65_HS1-834228961_62-HQ-83894_Section_8
Agency: FBI
Page 109
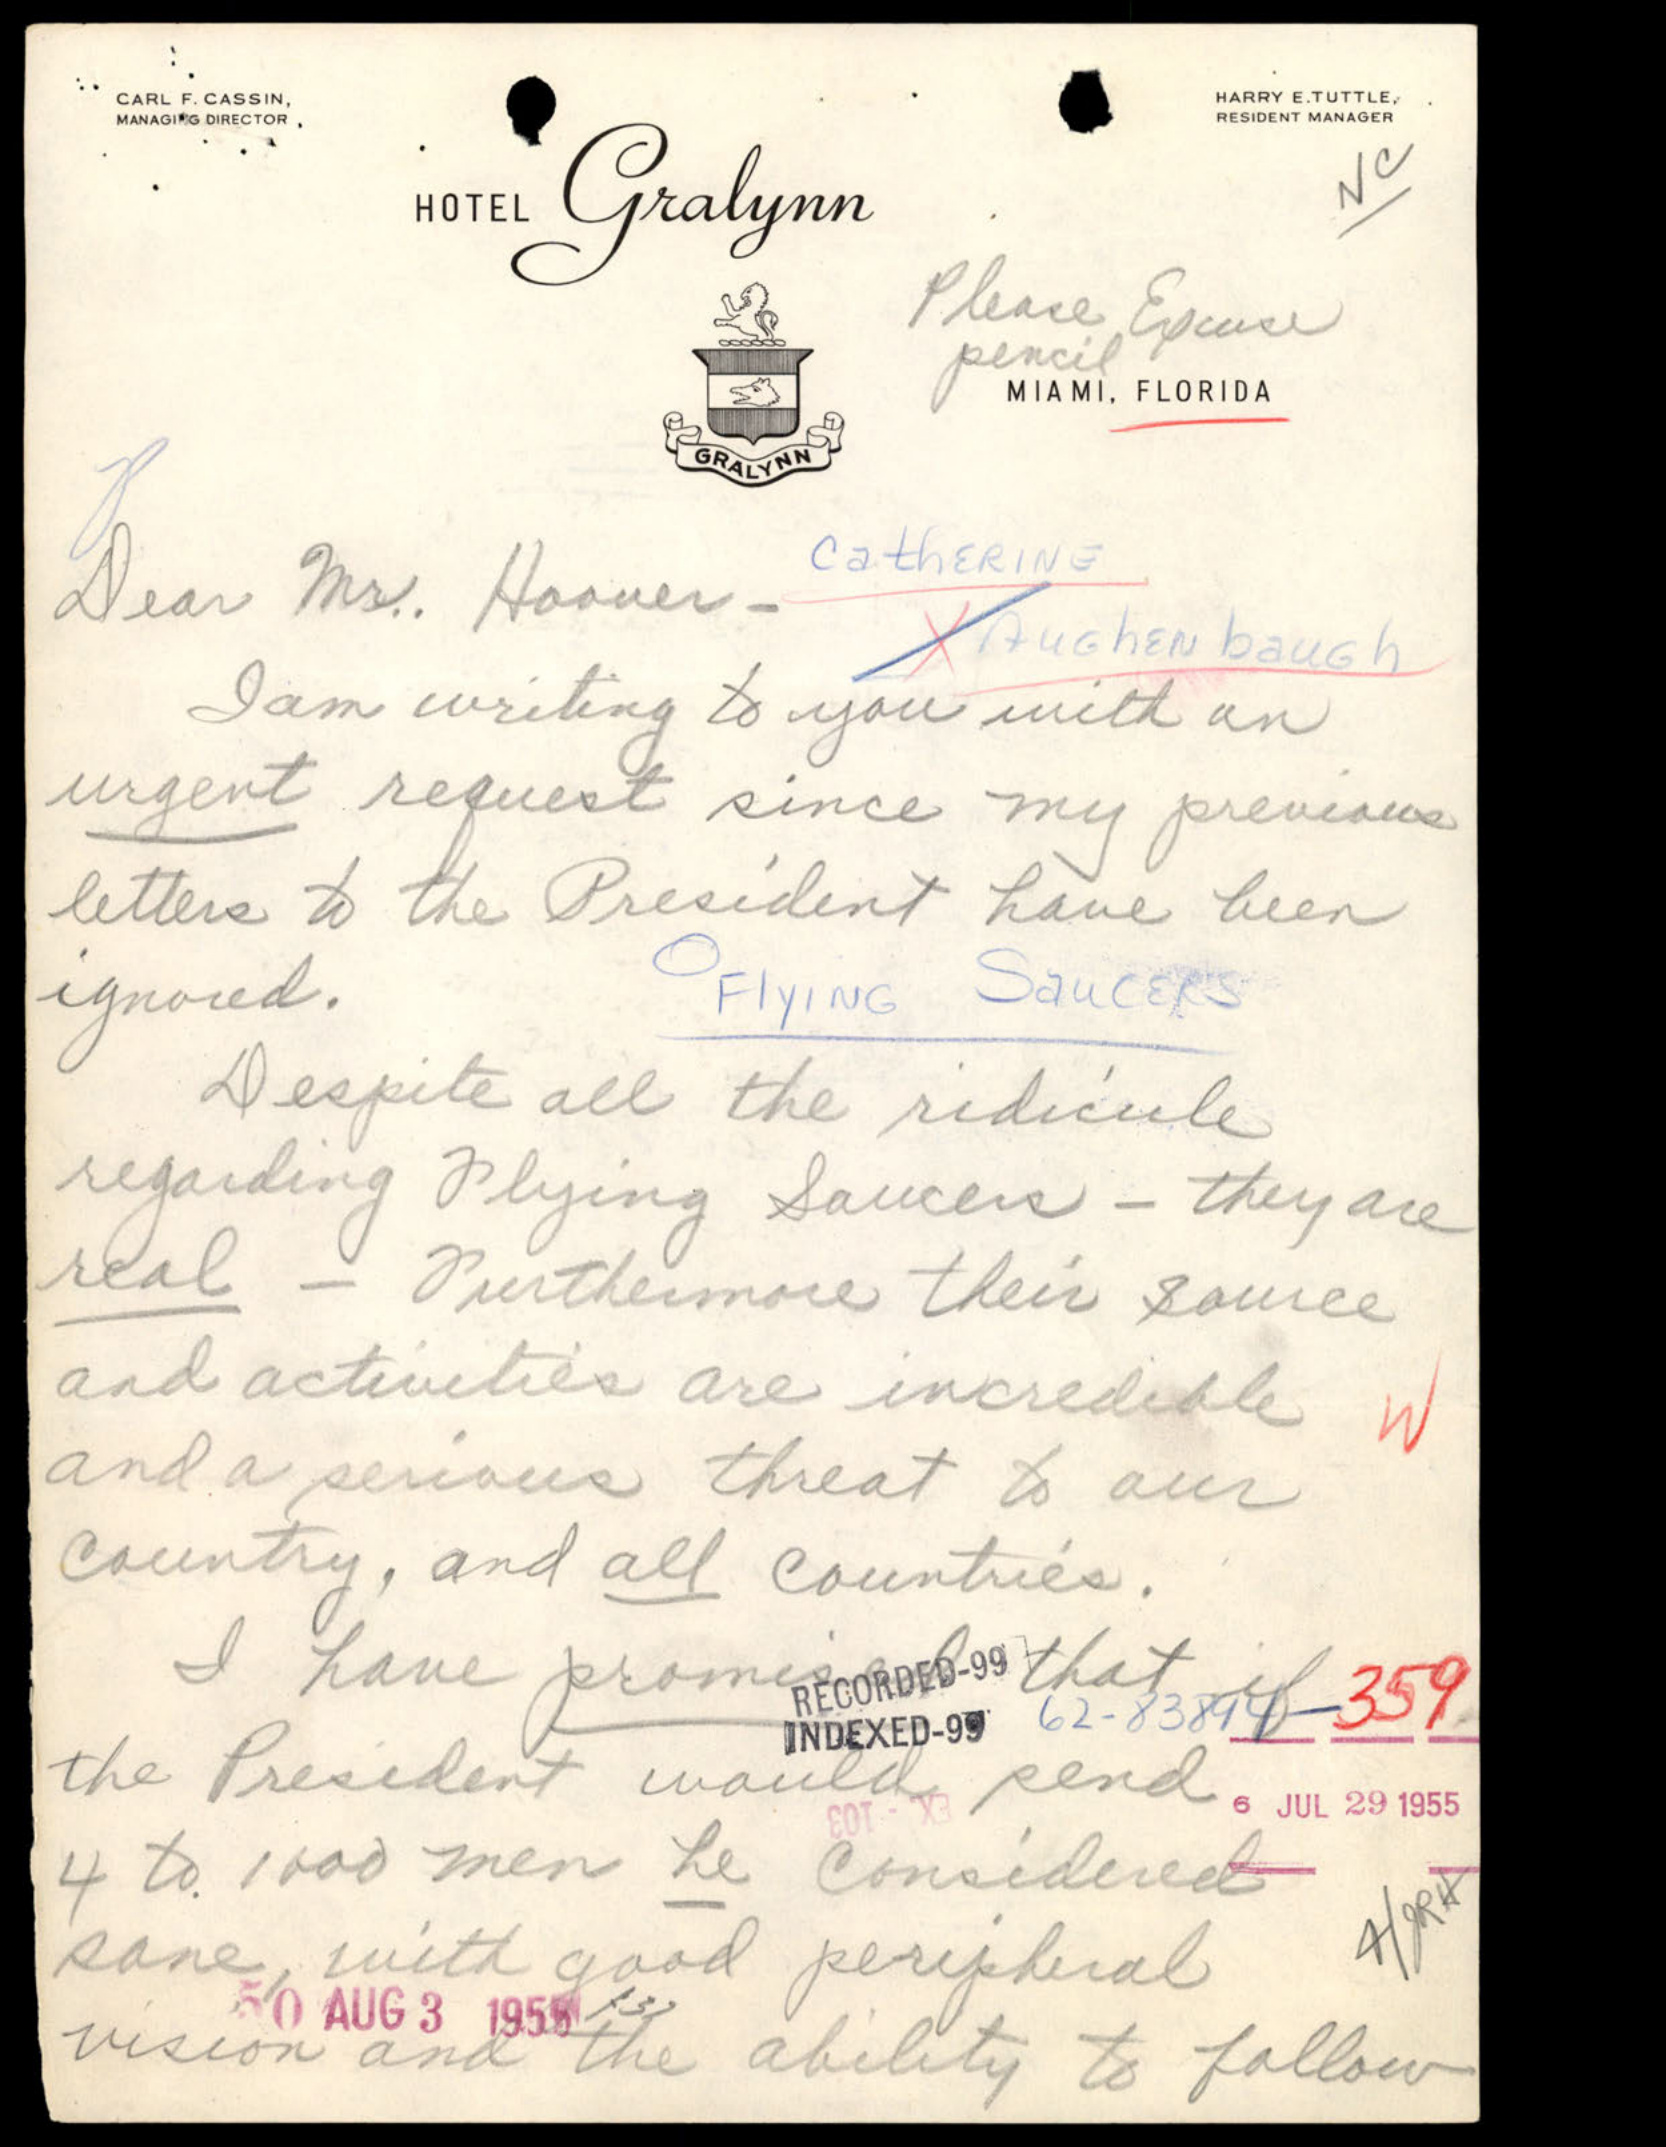